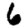
Digit: 6